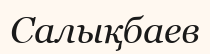
Салықбаев